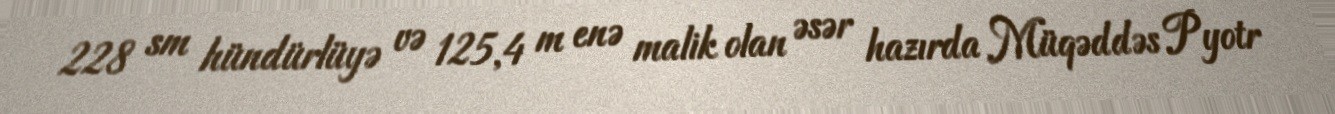
228 sm hündürlüyə və 125,4 m enə malik olan əsər hazırda Müqəddəs Pyotr